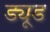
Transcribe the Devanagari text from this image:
ड्यूड